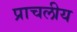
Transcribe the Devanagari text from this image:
प्राचलीय